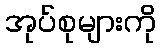
အုပ်စုများကို